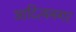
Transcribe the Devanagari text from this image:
आदित्यनगर